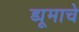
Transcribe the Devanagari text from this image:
ड्यूमाचे